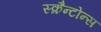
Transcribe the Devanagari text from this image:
स्क्रैन्टोन्स